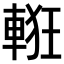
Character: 𨌃